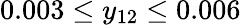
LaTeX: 0.003\leq y_{12}\leq 0.006